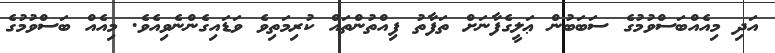
އަދި މިއެއްބަސްވުމުގެ ސަބަބުން ޢަލީގެފާނަށް ތަފާތު ފިއްތުންތައް ކުރިމަތިވެ ވަޑައިގެންނެވިއެވެ. މިއެއް ބަސްވުމުގެ